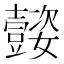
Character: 𡤜